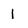
Character: 1